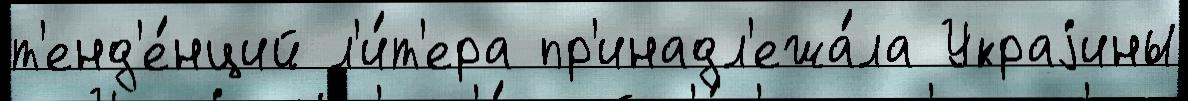
т'енд'е́нций л'и́т'ера пр'инадл'ежа́ла Украjины